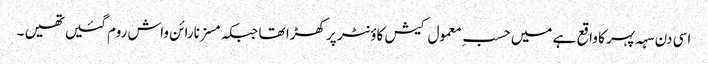
اسی دن سہہ پہر کا واقع ہے میں حسبِ معمول کیش کاؤنٹر پر کھڑا تھا جبکہ مسز نارائن واش روم گئیں تھیں ۔